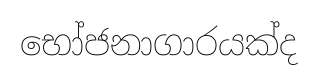
භෝජනාගාරයක්ද